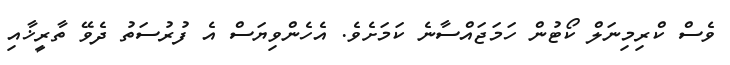
ވެސް ކްރިމިނަލް ކޯޓުން ހަމަޖައްސާނެ ކަމަށެވެ. އެހެންވިޔަސް އެ ފުރުސަތު ދެވޭ ތާރީޚާއި